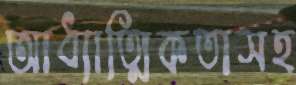
আধ্যাত্মিকতাসহ